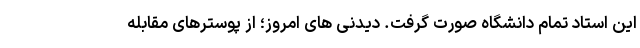
این استاد تمام دانشگاه صورت گرفت. دیدنی های امروز؛ از پوسترهای مقابله